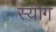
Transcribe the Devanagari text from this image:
स्योंग